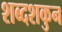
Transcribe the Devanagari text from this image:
शब्दशकुन